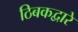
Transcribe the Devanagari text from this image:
ठिबकद्वारे